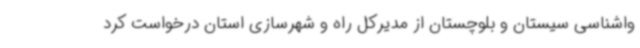
واشناسی سیستان و بلوچستان از مدیرکل راه و شهرسازی استان درخواست کرد